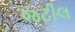
જટીલ